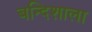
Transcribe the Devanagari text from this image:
बन्दिशाला